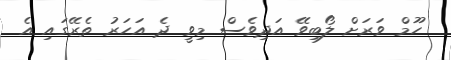
ހޫމް ވަރަށް ލޯބިވޭ އަދިވެސް މިވީ ދެ އަހަރު ތެރޭގައި އެ